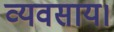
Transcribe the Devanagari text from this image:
व्यवसाय।